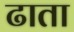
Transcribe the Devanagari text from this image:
ढाता